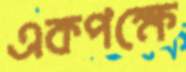
একপক্ষে